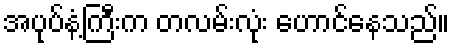
အပုပ်နံ့ကြီးက တလမ်းလုံး ဟောင်နေသည်။